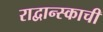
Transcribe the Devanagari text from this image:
राद्वान्स्काची